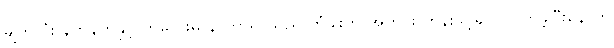
မျက်လုံး နက်နက်နှင့် ကလေးမ နာတာရှာသည် တံခါးကို အတင်း တွန်းဖွင့်၍ ဝင်လာခဲ့ပြီးနောက်